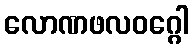
လောဏဖလဝဂ္ဂေါ